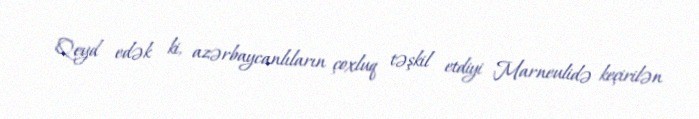
Qeyd edək ki, azərbaycanlıların çoxluq təşkil etdiyi Marneulidə keçirilən